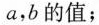
a，b的值；